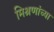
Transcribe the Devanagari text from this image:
मिश्रणांच्या